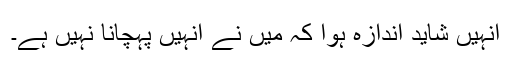
انہیں شاید اندازہ ہوا کہ میں نے انہیں پہچانا نہیں ہے۔